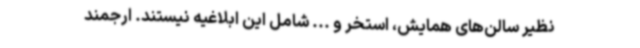
نظیر سالن‌های همایش، استخر و ... شامل این ابلاغیه نیستند. ارجمند